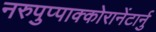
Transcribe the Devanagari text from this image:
नरुपुप्पाक्कोरानेंटार्नु